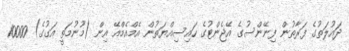
ދައުލަތުގެ ފަރާތުން ފިނޭންސުގެ އޭޖެންޓުގެ ހައިސިއްޔަތުން އެމްއެމްއޭ އިން (މޫނުމަތީ އަގުގެ) 10000